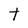
Character: t